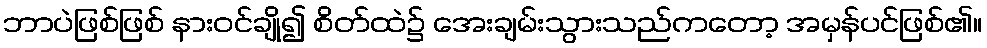
ဘာပဲဖြစ်ဖြစ် နားဝင်ချို၍ စိတ်ထဲ၌ အေးချမ်းသွားသည်ကတော့ အမှန်ပင်ဖြစ်၏။